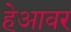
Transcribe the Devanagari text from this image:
हेआवर